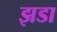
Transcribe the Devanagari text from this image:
झडा